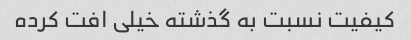
کیفیت نسبت به گذشته خیلی افت کرده